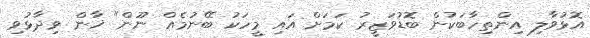
އޮޅުވާލި އިންތިހާބަކުން ބޮޑުވަޒީރު ކަމަށް އައި މީހަކު ބޭނުމެއް ނޫން" ޚާން ވިދާޅުވި